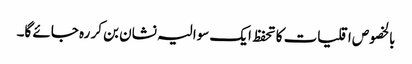
بالخصوص اقلیات کا تحفظ ایک سوالیہ نشان بن کر رہ جائے گا۔